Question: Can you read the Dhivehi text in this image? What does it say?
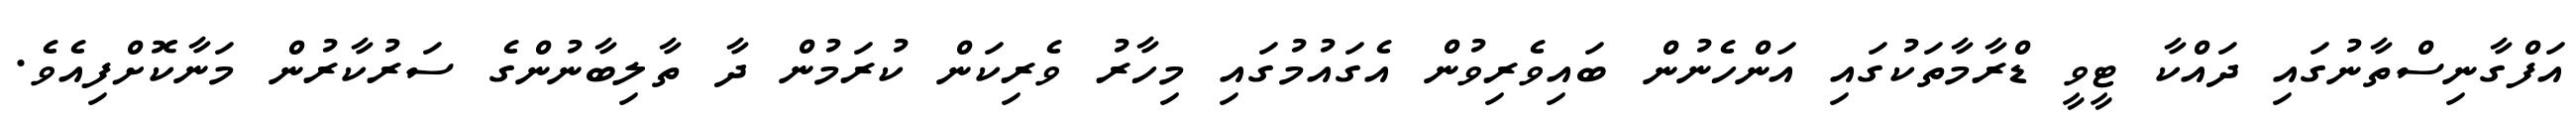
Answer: އަފްގާނިސްތާނުގައި ދައްކާ ޓީވީ ޑްރާމާތަކުގައި އަންހެނުން ބައިވެރިވުން އެގައުމުގައި މިހާރު ވެރިކަން ކުރަމުން ދާ ތާލިބާނުންގެ ސަރުކާރުން މަނާކޮށްފިއެވެ.